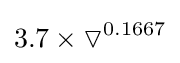
3.7\times \triangledown ^{0.1667}